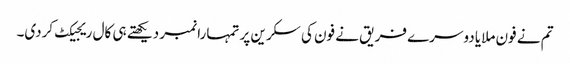
تم نے فون ملایا دوسرے فریق نے فون کی سکرین پر تمہارا نمبر دیکھتے ہی کال ریجیکٹ کردی۔